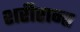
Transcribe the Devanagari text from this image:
शरीरान्त